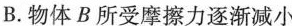
B. 物体B所受摩擦力逐渐减小